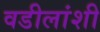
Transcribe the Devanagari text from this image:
वडीलांशी